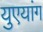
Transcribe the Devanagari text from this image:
युएयांग